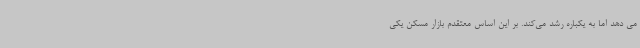
می دهد اما به یکباره رشد می‌کند. بر این اساس معتقدم بازار مسکن یکی